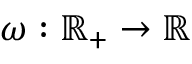
\omega : \mathbb { R } _ { + } \to \mathbb { R }